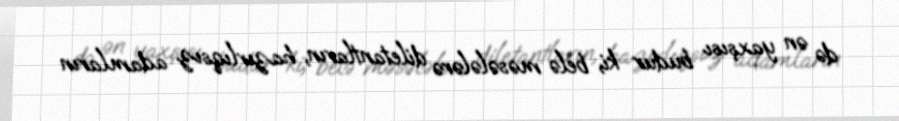
də ən yaxşısı budur ki, belə məsələlərə diletantların, hazırlıqsız adamların